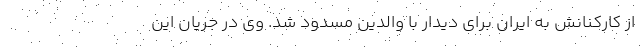
از کارکنانش به ایران برای دیدار با والدین مسدود شد. وی در جریان این